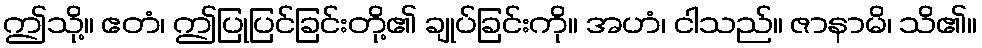
ဤသို့။ ဧတံ၊ ဤပြုပြင်ခြင်းတို့၏ ချုပ်ခြင်းကို။ အဟံ၊ ငါသည်။ ဇာနာမိ၊ သိ၏။